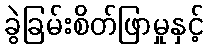
ခွဲခြမ်းစိတ်ဖြာမှုနှင့်